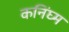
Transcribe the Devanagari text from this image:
कनिंघ्म